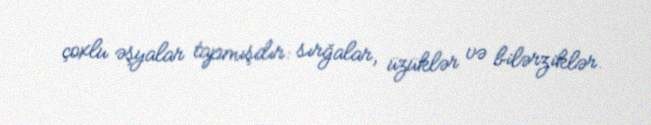
çoxlu əşyalar tapmışdır: sırğalar, üzüklər və bilərziklər.